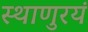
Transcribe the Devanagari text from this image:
स्थाणुरयं